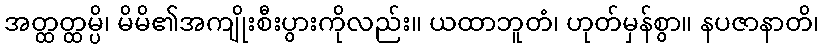
အတ္ထတ္ထမ္ပိ၊ မိမိ၏အကျိုးစီးပွားကိုလည်း။ ယထာဘူတံ၊ ဟုတ်မှန်စွာ။ နပဇာနာတိ၊